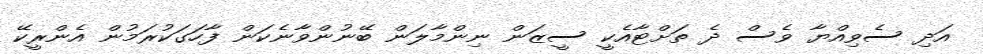
އަދި ސެވިއްޔާ ވެސް ދެ ތަށްޓާއެކީ ސީޒަން ނިންމާލަން ބޭނުންވާނެކަން ފާހަގަކުރަމުން އެންރީކޭ